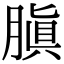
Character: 䐜